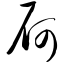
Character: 屙